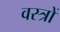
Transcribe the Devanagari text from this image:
वस्‍त्रों